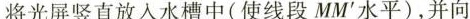
将光屏竖直放入水槽中(使线段MM'水平)，并向